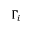
\Gamma _ { i }